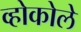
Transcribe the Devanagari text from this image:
व्होकोले